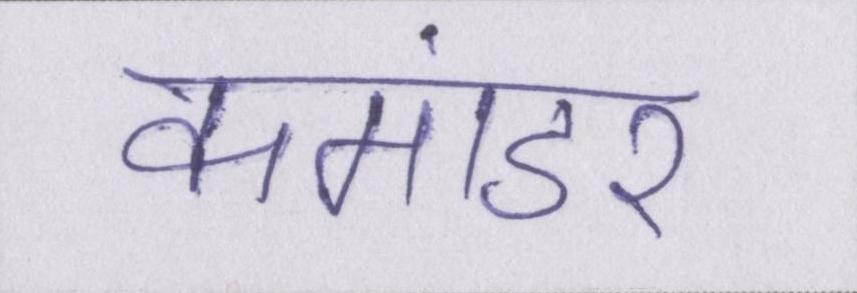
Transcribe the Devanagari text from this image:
कमांडर